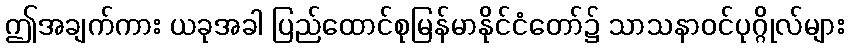
ဤအချက်ကား ယခုအခါ ပြည်ထောင်စုမြန်မာနိုင်ငံတော်၌ သာသနာဝင်ပုဂ္ဂိုလ်များ